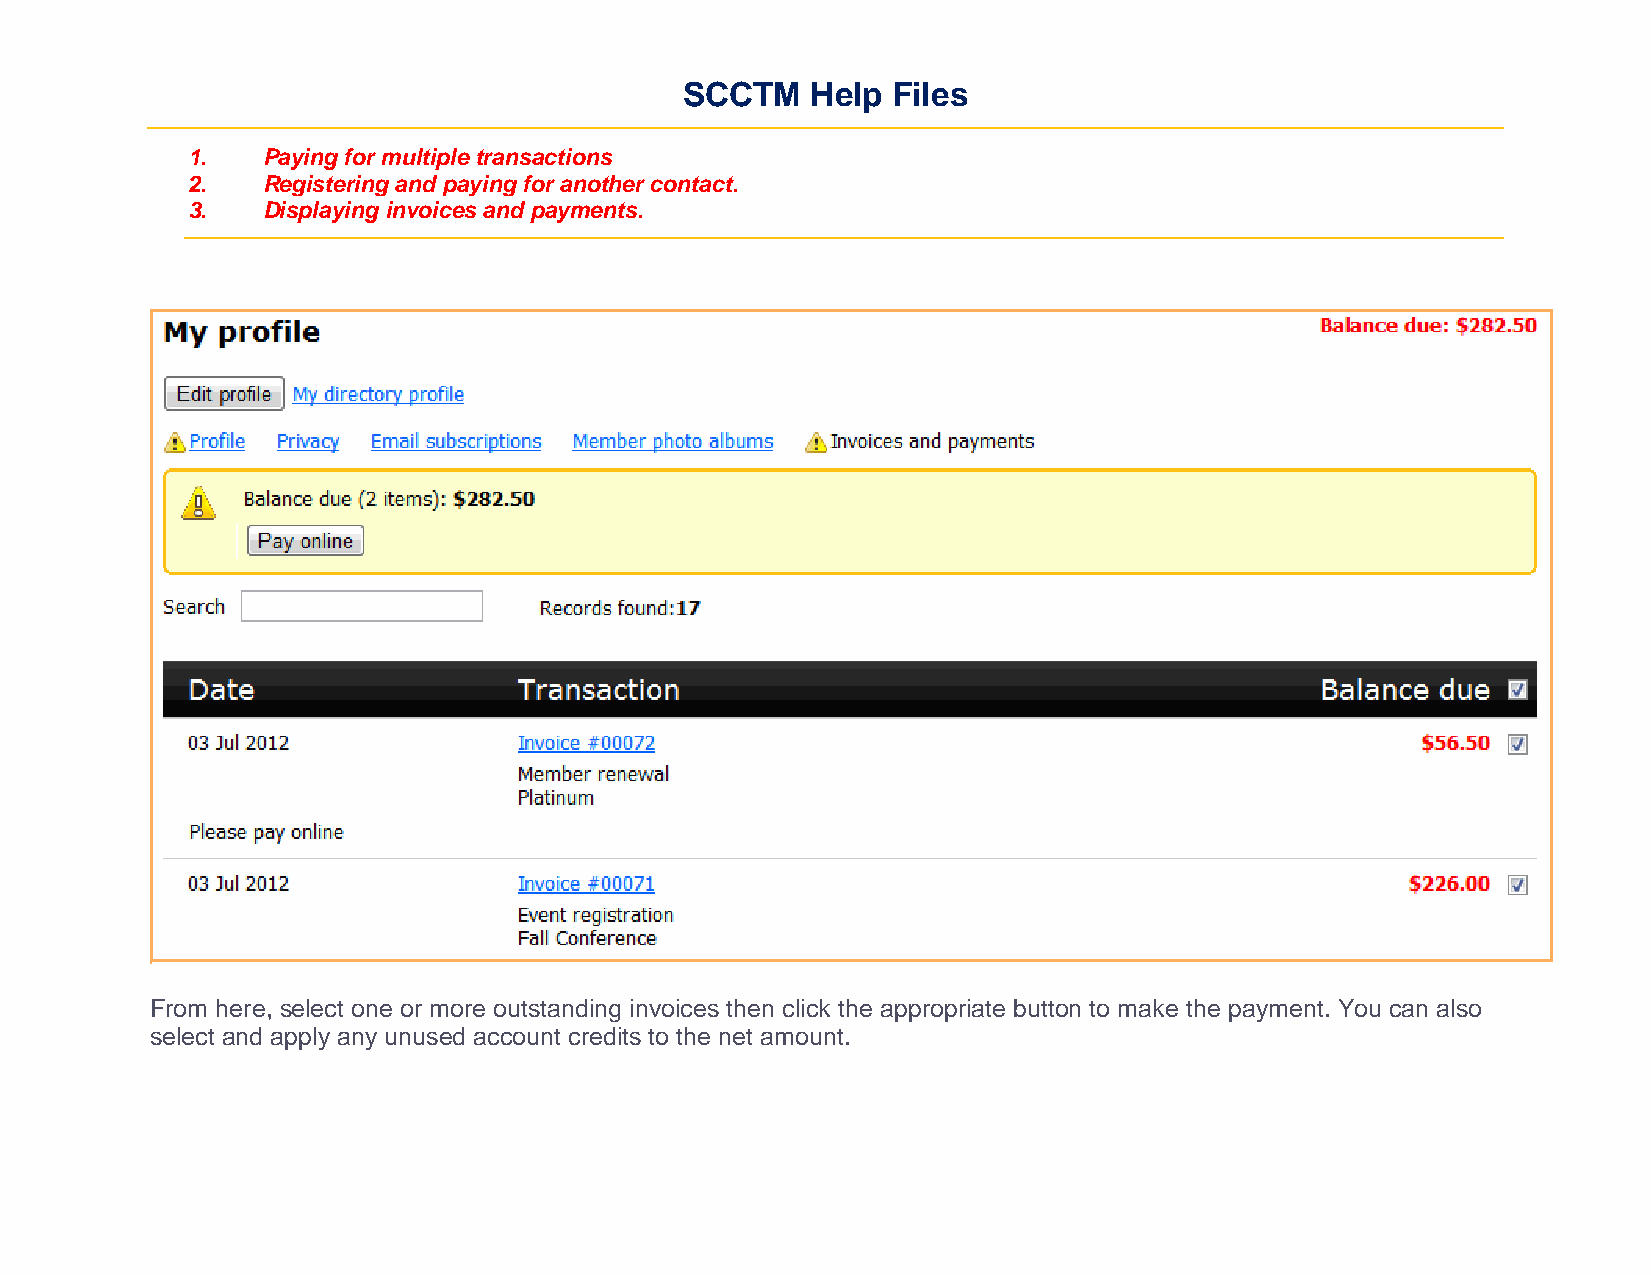
SCCTM    Help Files
 1.   Paying for multiple transactions
 2.   Registering and paying for another contact.
 3.   Displaying invoices and payments.
 From here, select one or more outstanding invoices then click the appropriate button to make the payment. You can also
 select and apply any unused account credits to the net amount.